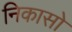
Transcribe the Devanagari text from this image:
निकासो